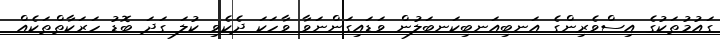
ގައުމުތަކުގެ އިސްވެރިންގެ އަނބިއަނބިކަނބަލުން ވަޑައިގަންނަވާ ވާހަކަ ދެކެވި ކުލަ ގަދަ ބޮޑު ހަރަކާތްތަކެއް